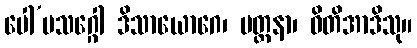
ပေါ’ပသဂ္ဂေါ ဒိသာယောဂေ၊ ပတ္ထနာ၊ ဓိတိအာဒိသု။